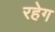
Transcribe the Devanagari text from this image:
रहेग